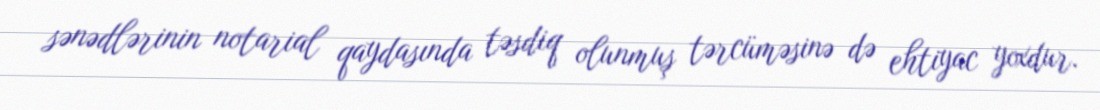
sənədlərinin notarial qaydasında təsdiq olunmuş tərcüməsinə də ehtiyac yoxdur.